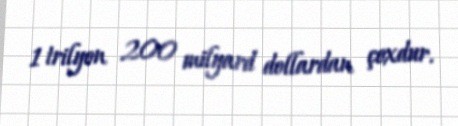
1 trilyon 200 milyard dollardan çoxdur.